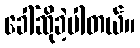
ခေါ်ဆိုခဲ့ပါတယ်။